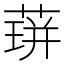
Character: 䔊